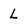
Character: L